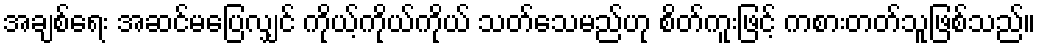
အချစ်ရေး အဆင်မပြေလျှင် ကိုယ့်ကိုယ်ကိုယ် သတ်သေမည်ဟု စိတ်ကူးဖြင့် ကစားတတ်သူဖြစ်သည်။